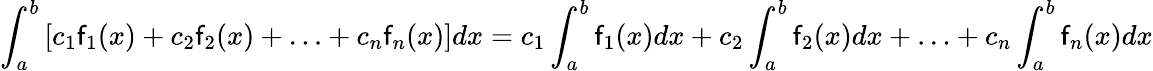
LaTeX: \int_{a}^{b}{[{{c}_{1}}{{\mathsf{f}}_{1}}(x)+{{c}_{2}}{{\mathsf{f}}_{2}}(x)+\ldots+{{c}_{n}}{{\mathsf{f}}_{n}}(x)]dx}={{c}_{1}}\int_{a}^{b}{{{\mathsf{f}}_{1}}(x)dx}+{{c}_{2}}\int_{a}^{b}{{{\mathsf{f}}_{2}}(x)dx}+\ldots+{{c}_{n}}\int_{a}^{b}{{{\mathsf{f}}_{n}}(x)dx}